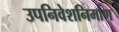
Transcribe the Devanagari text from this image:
उपनिवेशनिर्माण